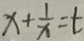
x + \frac { 1 } { x } = t